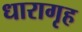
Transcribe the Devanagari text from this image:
धारागृह